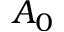
A _ { 0 }